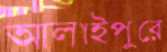
আলাইপুরে